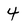
Character: 4